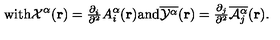
\mathrm { w i t h } { \cal { X } } ^ { \alpha } ( { \bf { r } } ) = { \textstyle \frac { \partial _ { i } } { \partial ^ { 2 } } } A _ { i } ^ { \alpha } ( { \bf { r } } ) \mathrm { a n d } \overline { { { \cal Y } ^ { \alpha } } } ( { \bf r } ) = { \textstyle \frac { \partial _ { j } } { \partial ^ { 2 } } \overline { { { \cal A } _ { j } ^ { \alpha } } } ( { \bf r } ) } .